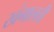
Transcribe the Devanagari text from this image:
खंगालती